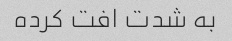
به شدت افت کرده